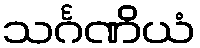
သင်္ဂဏိယံ